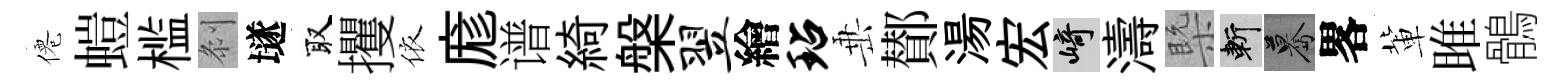
僊螘槛𠛴𡑞取攫依庬谱綺槃翌繪玷𡸁鄼湯宏崎濤槩斬驀畧軰雎鶻